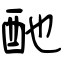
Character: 酏